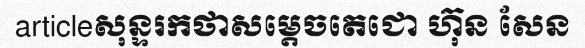
articleសុន្ទរកថាសម្តេចតេជោ ហ៊ុន សែន